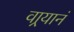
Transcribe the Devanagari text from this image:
वार्‍यानं